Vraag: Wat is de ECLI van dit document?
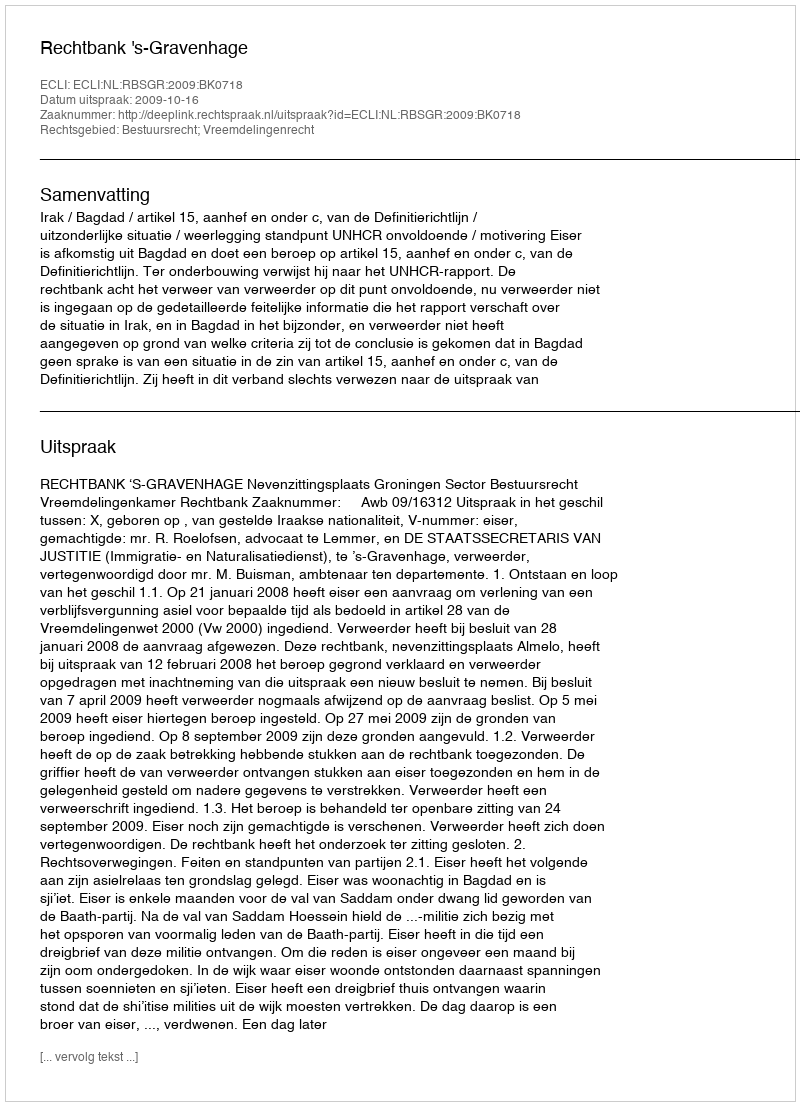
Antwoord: ECLI:NL:RBSGR:2009:BK0718